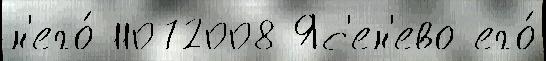
н'его́ 11072008 Яс'ен'ево его́